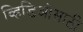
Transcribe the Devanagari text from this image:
व्हिडिओसाठी